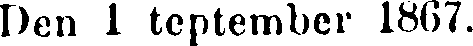
Den 1 september 1867.